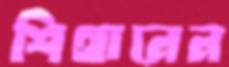
শিথানেন